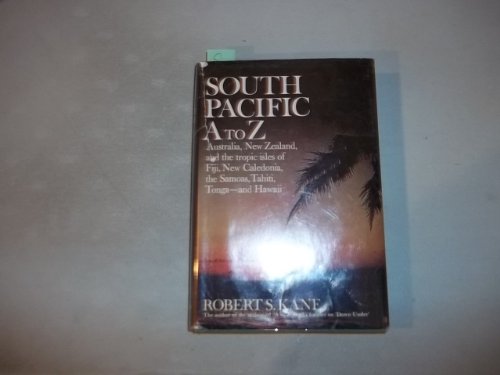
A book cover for South Pacific A to Z;: Australia, New Zealand, the tropic Isles of Fiji, New Caledonia, the Samoas, Tahiti, Tonga, and Hawaii; Robert S Kane; Travel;